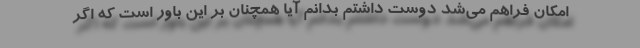
امکان فراهم می‌شد دوست داشتم بدانم آیا همچنان بر این باور است که اگر